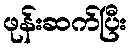
ဖုန်းဆက်ပြီး